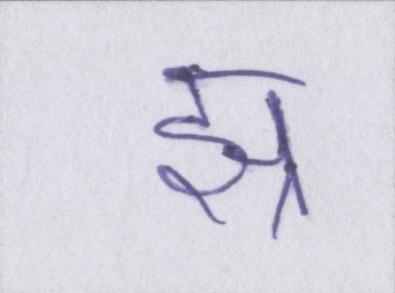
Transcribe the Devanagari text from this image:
झ्र